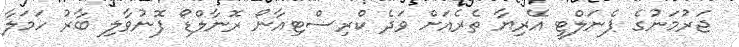
ޖަރުމަނުގެ ޕެނަލްޓީ އޭރިޔާ ތެރެއަށް ވަދެ ކްރިސްޓިއާނޯ ރޮނާލްޑޯ ފޮނުވާލި ބާރު ހަމަލާ